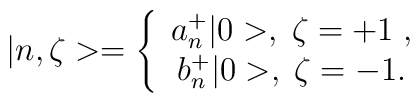
|n,\zeta >=\left\{ \begin{array}{c}a_{n}^{+}|0>,\;\zeta =+1\;, \\ b_{n}^{+}|0>,\;\zeta =-1.\end{array}\right.